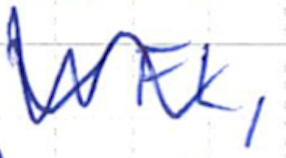
Text: WFL,
Cross-out: wave
Writing tool: ballpoint